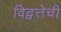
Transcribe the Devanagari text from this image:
विद्वत्तेची